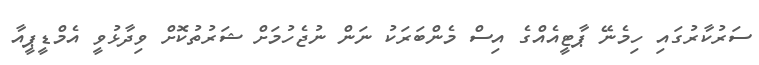
ސަރުކާރުގައި ހިމެނޭ ޕާޓީއެއްގެ އިސް މެންބަރަކު ނަން ނުޖެހުމަށް ޝަރުތުކޮށް ވިދާޅުވީ އެމްޑީޕީއާ